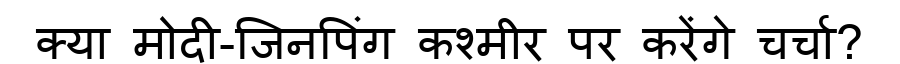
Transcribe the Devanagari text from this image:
क्या मोदी-जिनपिंग कश्मीर पर करेंगे चर्चा?